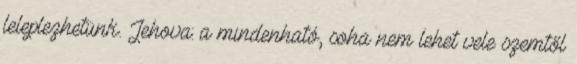
leleplezhetünk. Jehova: a mindenható, soha nem lehet vele szemtől